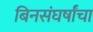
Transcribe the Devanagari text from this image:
बिनसंघर्षांचा